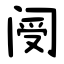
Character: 阌